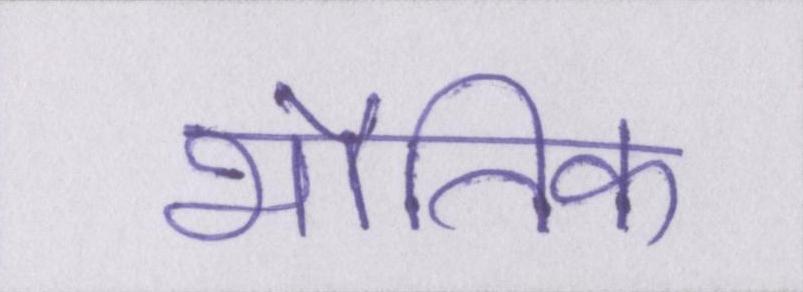
भौतिक